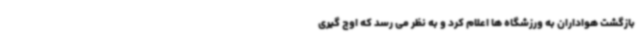
بازگشت هواداران به ورزشگاه ها اعلام کرد و به نظر می رسد که اوج گیری